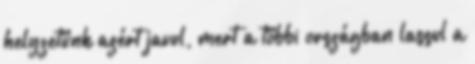
helyzetünk azért javul, mert a többi országban lassul a